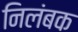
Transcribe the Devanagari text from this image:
निलंबक